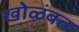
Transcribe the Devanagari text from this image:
खोळंबत